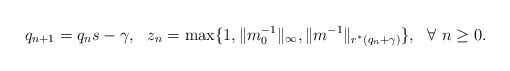
\begin{align*}q_{n+1} = q_ns - \gamma, ~~ z_n = \max\{1,\|m_0^{-1}\|_{\infty},\|m^{-1}\|_{r^*(q_n+\gamma)}\}, ~~ \forall ~n \geq 0.\end{align*}